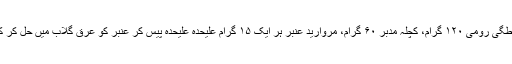
سہاگہ بریاں ، ماز و سوختہ ہر ایک ۶۰ گرام مصطگی رومی ۱۲۰ گرام، کچلہ مدبر ۶۰ گرام، مروارید عنبر ہر ایک ۱۵ گرام علیحدہ علیحدہ پیس کر عنبر کو عرقِ گلاب میں حل کر کے سب دواؤں کو ملائیں اور نخودی گولیاں بنائیں۔